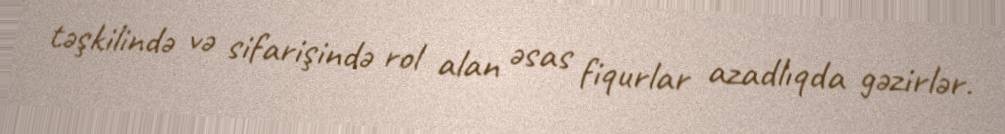
təşkilində və sifarişində rol alan əsas fiqurlar azadlıqda gəzirlər.